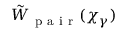
\tilde { W } _ { \mathrm { ~ p ~ a ~ i ~ r ~ } } ( \chi _ { \gamma } )